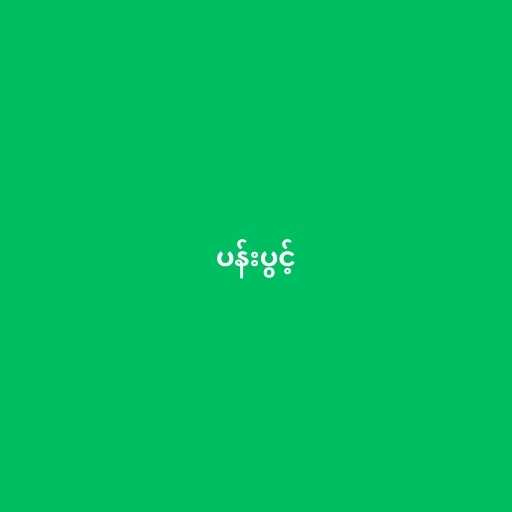
ပန်းပွင့်